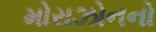
મોરાઝોનનો